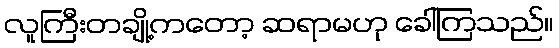
လူကြီးတချို့ကတော့ ဆရာမဟု ခေါ်ကြသည်။